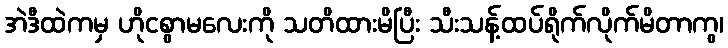
အဲဒီထဲကမှ ဟိုငစွာမလေးကို သတိထားမိပြီး သီးသန့်ထပ်ရိုက်လိုက်မိတာကွ၊